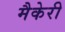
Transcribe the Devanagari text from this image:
मैकेरी